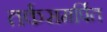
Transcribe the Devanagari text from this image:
तर्कसमर्पित